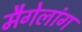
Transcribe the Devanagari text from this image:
मैगेलांग